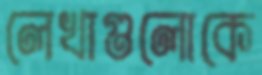
লেখাগুলোকে